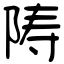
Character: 陦